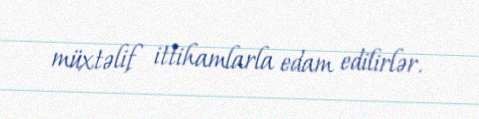
müxtəlif ittihamlarla edam edilirlər.